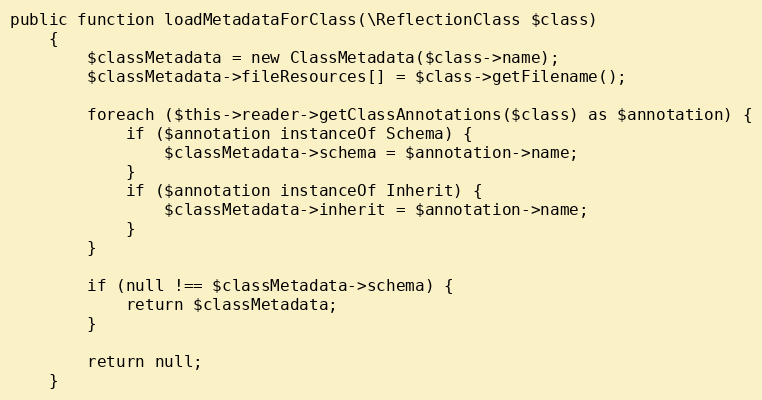
Language: PHP
public function loadMetadataForClass(\ReflectionClass $class)
    {
        $classMetadata = new ClassMetadata($class->name);
        $classMetadata->fileResources[] = $class->getFilename();

        foreach ($this->reader->getClassAnnotations($class) as $annotation) {
            if ($annotation instanceOf Schema) {
                $classMetadata->schema = $annotation->name;
            }
            if ($annotation instanceOf Inherit) {
                $classMetadata->inherit = $annotation->name;
            }
        }

        if (null !== $classMetadata->schema) {
            return $classMetadata;
        }

        return null;
    }